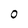
Character: 0